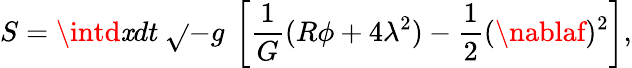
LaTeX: S=\intd\mathit{x}dt\: \sqrt{}{{-{g}}}\: \left[\frac{{1}}{{G}}(R\phi+4\lambda^{2})-\frac{{1}}{{2}}(\nablaf)^{2}\right],